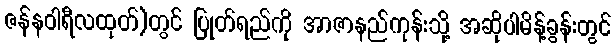
ဇန်နဝါရီလထုတ်)တွင် ပြုတ်ရည်ကို အာဇာနည်ကုန်းသို့ အဆိုပါမိန့်ခွန်းတွင်